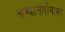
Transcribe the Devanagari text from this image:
अभ्यासयोगावर